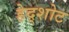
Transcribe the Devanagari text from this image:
हेद्शोट